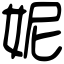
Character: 妮